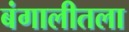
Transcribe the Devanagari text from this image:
बंगालीतला